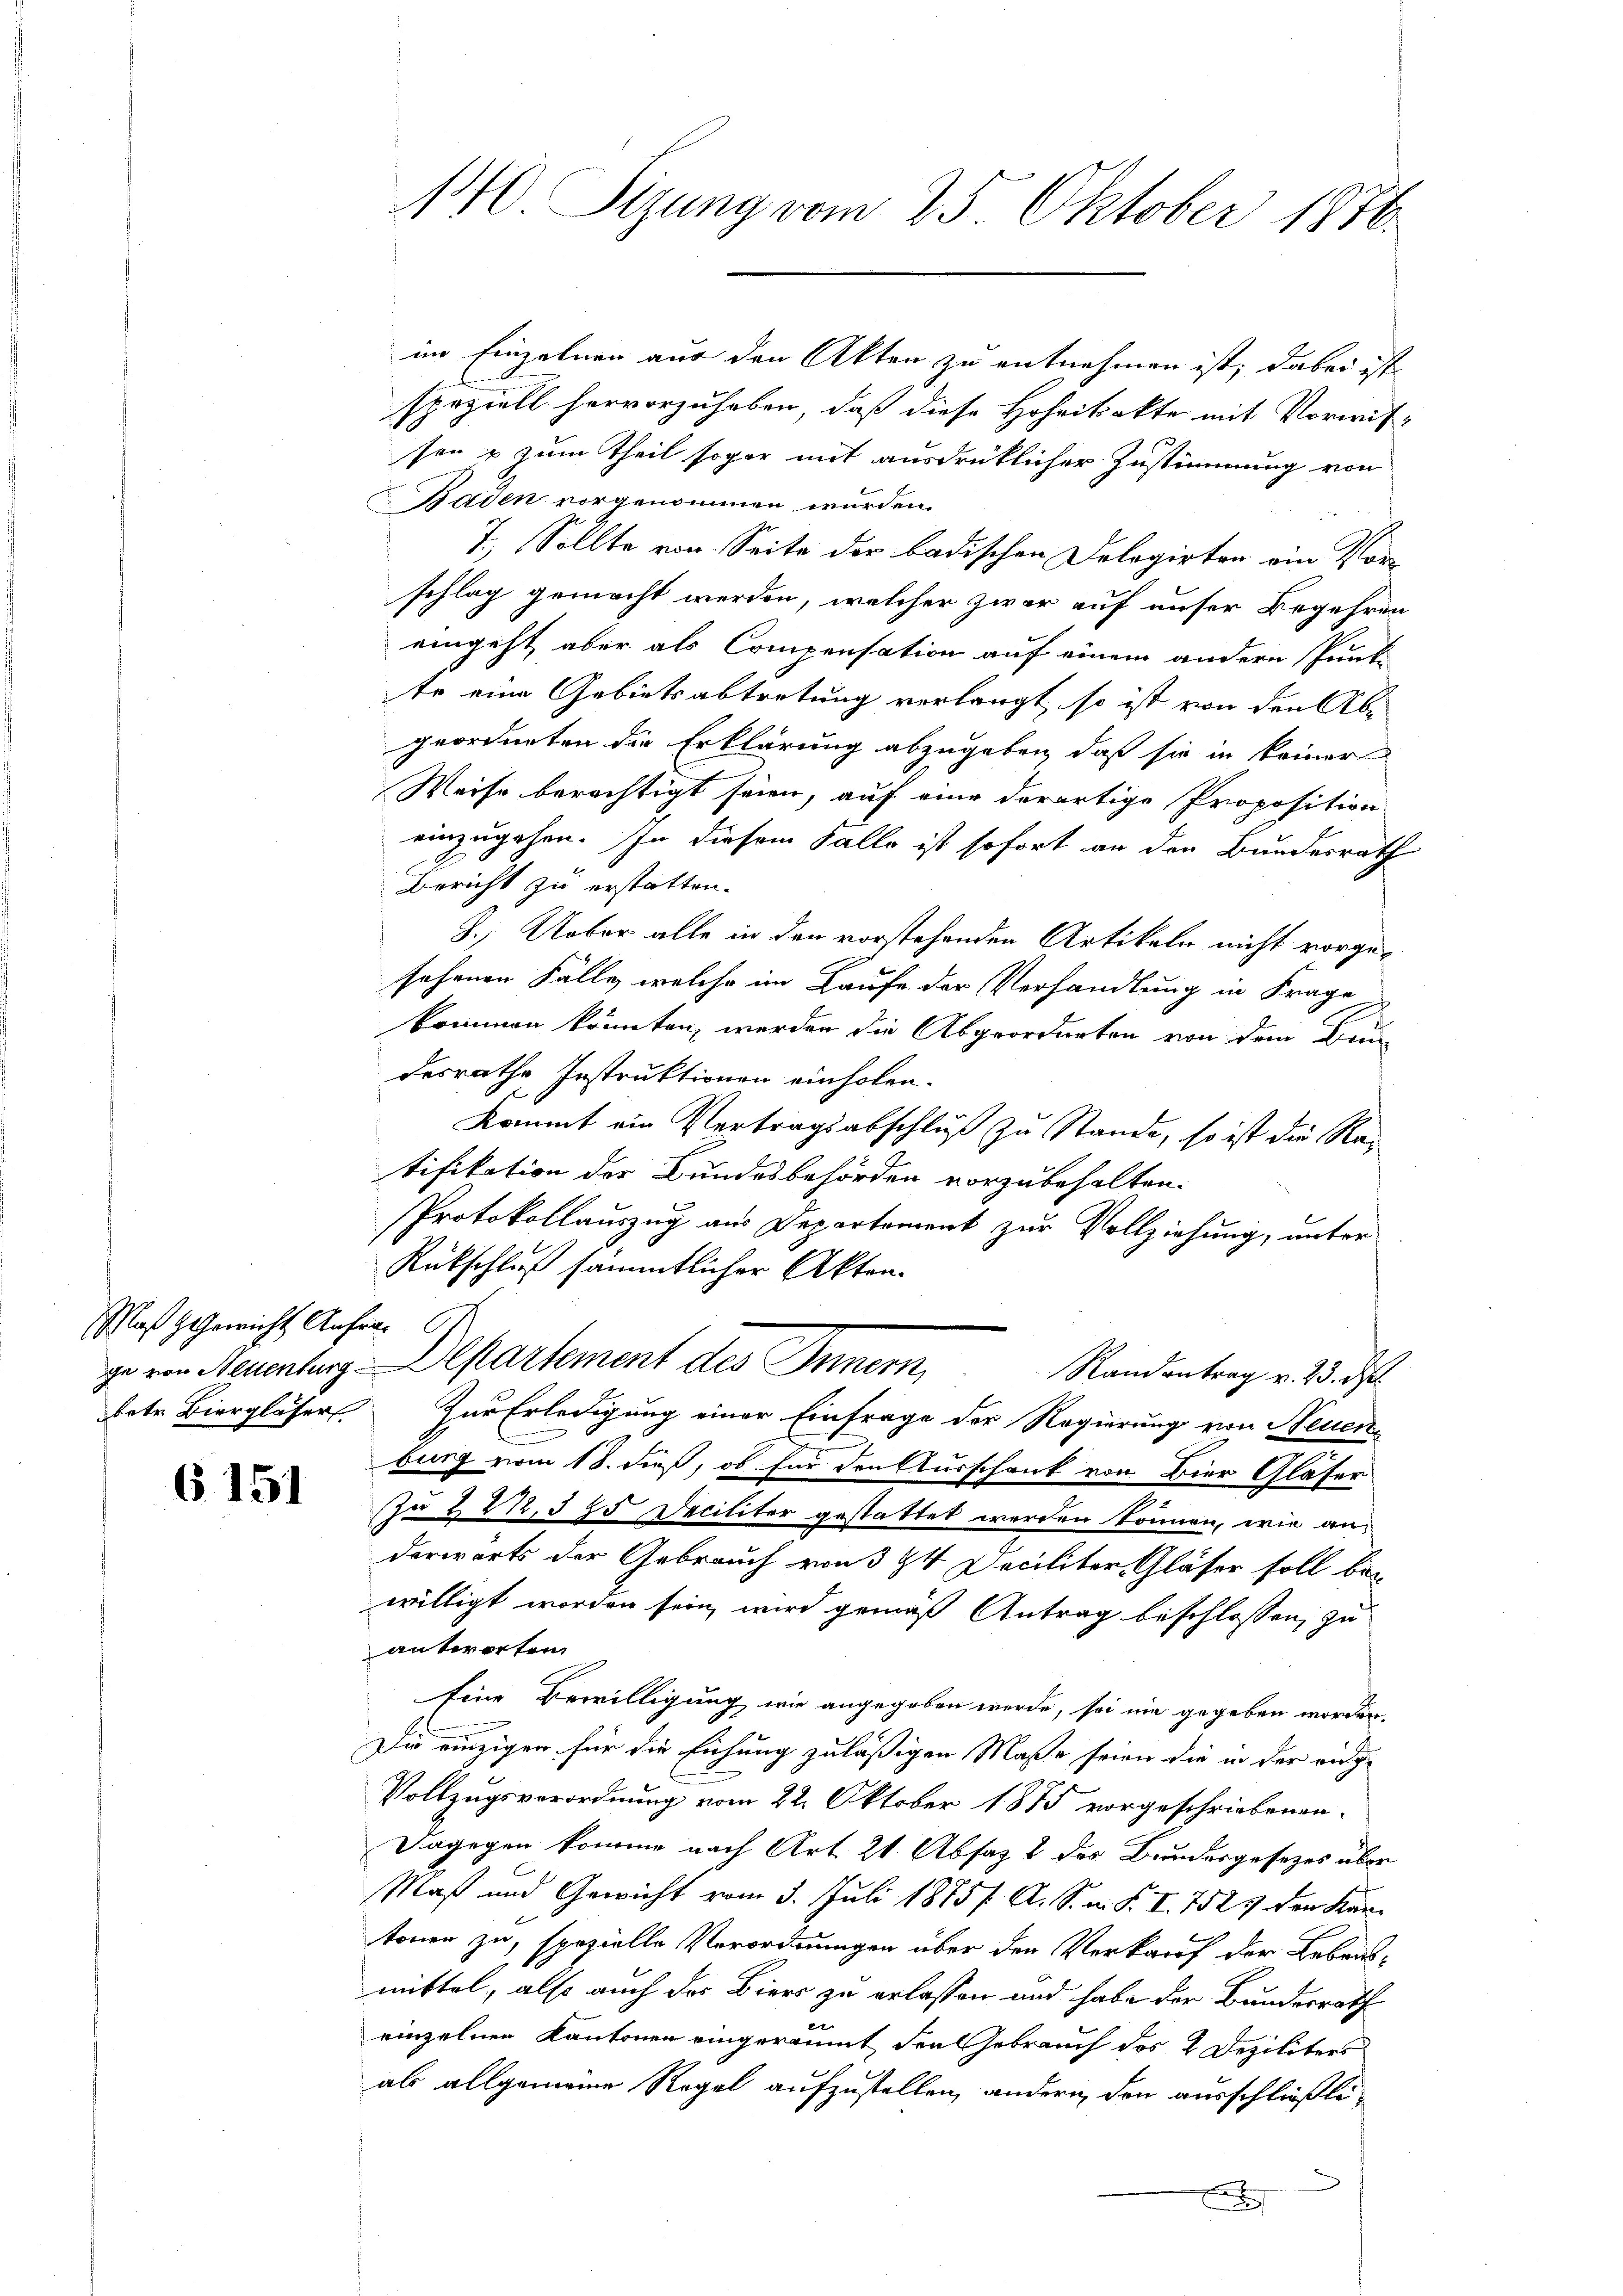
Maß Gewicht Anfra 67.
betr. Biergläser

6 151

140 Sizung vom 25. Oktober 1876.

im Einzelnen aus den Akten zu entnehmen ist; dabei ist
speziell hervorzuheben, daß diese Hoheitekte mit Vorwitsen u zum Theil sogar mit ausdrücklicher Zustimmung von
Baden vorgenommen wurden.
7.) Sollte von Seite der badischen Delegirten ein Vorschlag gemacht werden, welcher zwar auf unser Begehren
eingeht, aber als Compensation auf einem andern Punk-
te eine Gebietsabtretung verlangt, so ist von den Abgeordneten die Erklärung abzugeben, daß sie in keiner
Weise berechtigt seien, auf eine derartige Proposition
einzugehen. In diesem Falle ist sofort an der Bundesrath
Bericht zu erstatten.
J.) Ueber alle in den vorstehenden Artikeln nicht vorgesehenen Fälle, welche im Laufe der Verhandlung in Frage
kommen könnten, werden die Abgeorderten von dem Bun-
desrathe Instruktionen einholen.
Kommt ein Vertragsabschluß zu Stande, so ist die Ratifikation der Bundesbehörden vorzubehalten.
Protokollauszug aus Departement zur Vollziehung, unter
Rückschluß sämmtlicher Akten.
ge von Neuenburg Aepartement des Innern,
Randantrag v. 23. d.
Zur Erledigung einer Einfrage der Regierung von Neuen
.
burg vom 18. dieß, ob für den Ausschank von Bier Gläser
Zu 2212. 585 Deciliter gestattet werden können, wie anderwärts der Gebrauch von 3 24 Deciliter Gläser soll bei
willigt worden sein, wird gemäß Antrag beschlossen, zu
antworten.
Eine Bewilligung wie angegeben werde, sei nie gegeben worden.
.
Die einzigen für die Eichung zuläßigen Maße seien die in der eidge
Vollzugsverordnung vom 22. Oktober 1875 vorgeschriebenen
Dagegen komme nach Art. 21 Absatz 2 des Bundesgesetzes über
Maß und Gewicht vom 3. Juli 1885/. A. S. m. S. I. 7525 den Kartonen zu, spezielle Verordnungen über den Verkauf der Lebens-
mittel, also auch das Biers zu erlassen und habe der Bundesrath
u
einzelnen Kantonen eingeräumt den Gebrauch des 2. Deziliters
als allgemeine Regel aufzustellen, andern den ausschließlix